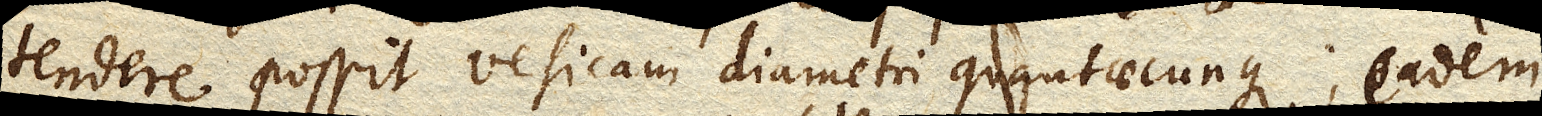
tendere possit vesicam diametri quantaecunque; eadem